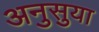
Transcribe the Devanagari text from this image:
अनुसुया